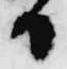
日